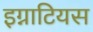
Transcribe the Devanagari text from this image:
इग्नाटियस